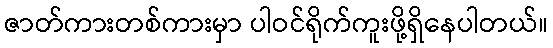
ဇာတ်ကားတစ်ကားမှာ ပါဝင်ရိုက်ကူးဖို့ရှိနေပါတယ်။